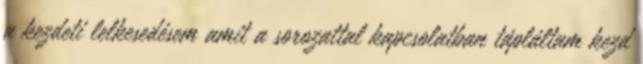
a kezdeti lelkesedésem amit a sorozattal kapcsolatban tápláltam kezd